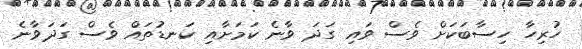
ހުރިހާ ހިސާބަކަށް ވެސް ވައި ގަދަ ވާނެ ކަމަށާއި ކަނޑުތައް ވެސް ގަދަވާނެ